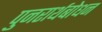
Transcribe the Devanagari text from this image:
पुनरार्थबोधन